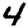
Digit: 4